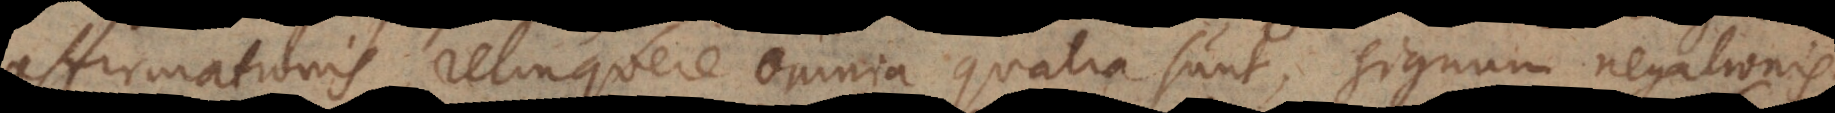
affirmationis relinquere omnia qualia sunt, signum negationis